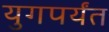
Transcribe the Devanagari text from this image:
युगपर्यंत